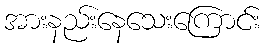
အားနည်းနေသေးကြောင်း